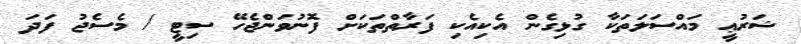
ޝަރުޢީ މައްސަލަތަކާ ގުޅިގެން އެކިއެކި ފަރާތްތަކަށް ފޮނުވަންޖެހޭ ސިޓީ / މެސެޖު ފަދަ